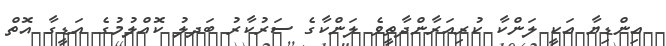
އިންޑިޔާ އަކީ ލަންކާ ކުރިއަރާންދާތީވެ ލަންކާގެ ސަރުކާރު ބަދލު ކޮއްލުމުގެ އަޑީގާ އޮތް